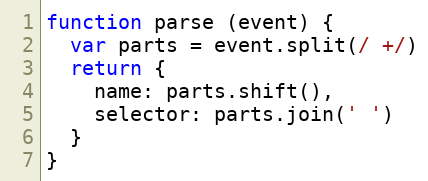
Language: JavaScript
function parse (event) {
  var parts = event.split(/ +/)
  return {
    name: parts.shift(),
    selector: parts.join(' ')
  }
}